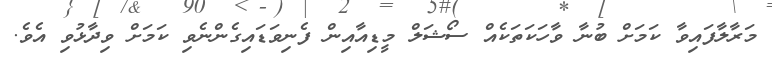
މަރާލާފައިވާ ކަމަށް ބުނާ ވާހަކަތަކެއް ސޯޝަލް މީޑިއާއިން ފެނިވަޑައިގެންނެވި ކަމަށް ވިދާޅުވި އެވެ.